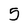
Character: 5